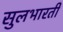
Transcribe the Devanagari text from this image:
सुलभारती